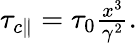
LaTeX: \begin{array}{r}{\tau_{c\parallel}=\tau_{0}\frac{x^{3}}{\gamma^{2}}.}\end{array}